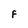
Character: F